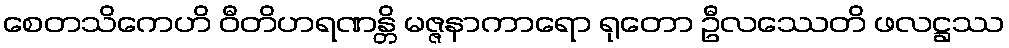
စေတသိကေဟိ ဝီတိဟရဏန္တိ မဇ္ဇနာကာရော ရုတော ဦလဿေတိ ဖလဋ္ဌဿ